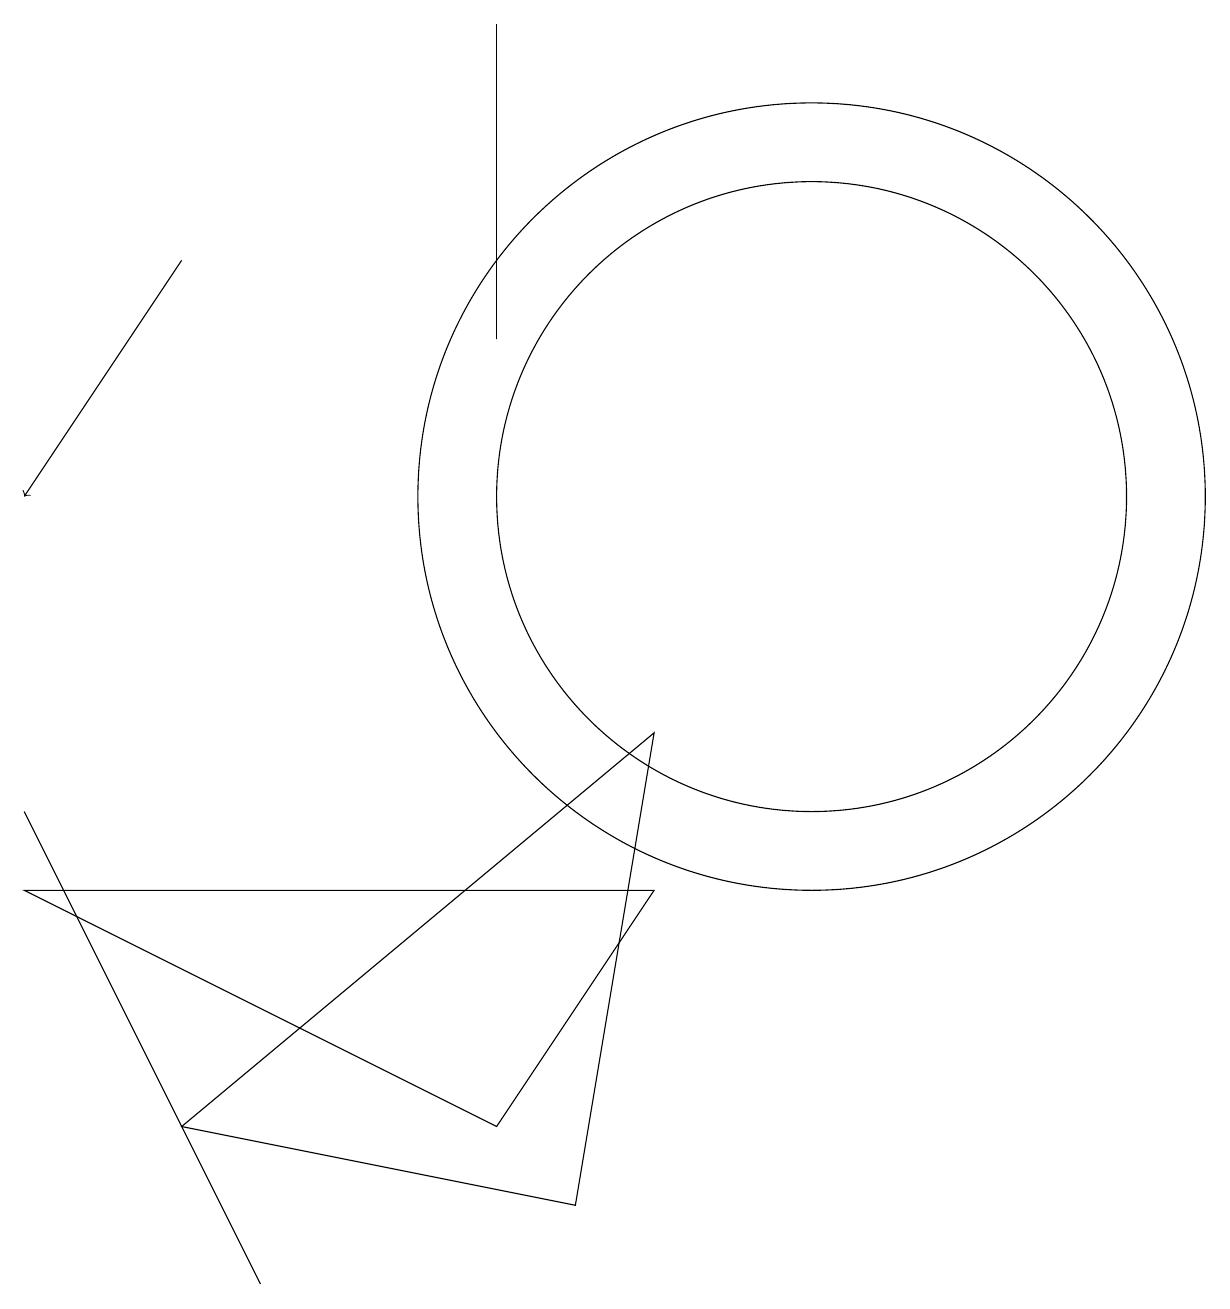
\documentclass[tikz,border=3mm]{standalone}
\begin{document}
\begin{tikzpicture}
\draw (1,7) -- (4,1) -- (3,3) -- cycle;
\draw (7,3) -- (1,6) -- (9,6) -- cycle;
\draw (9,8) -- (8,2) -- (3,3) -- cycle;
\draw (11,11) circle (5);
\draw (7,17) rectangle (7,13);
\draw (11,11) circle (4);
\draw[->] (3,14) -- (1,11);
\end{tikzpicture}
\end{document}